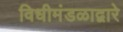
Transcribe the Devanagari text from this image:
विधीमंडळाद्वारे